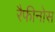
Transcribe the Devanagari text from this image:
रैफीनोस